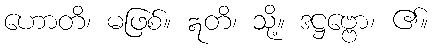
ဟောတိ၊ မဖြစ်။ ဣတိ၊ သို့။ ဒဋ္ဌဗ္ဗော၊ ၏။